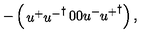
- \left( \begin{matrix} { u ^ { + } { u ^ { - } } ^ { \dagger } } & { } & { 0 } \\ { 0 } & { } & { u ^ { - } { u ^ { + } } ^ { \dagger } } \\ \end{matrix} \right) ,